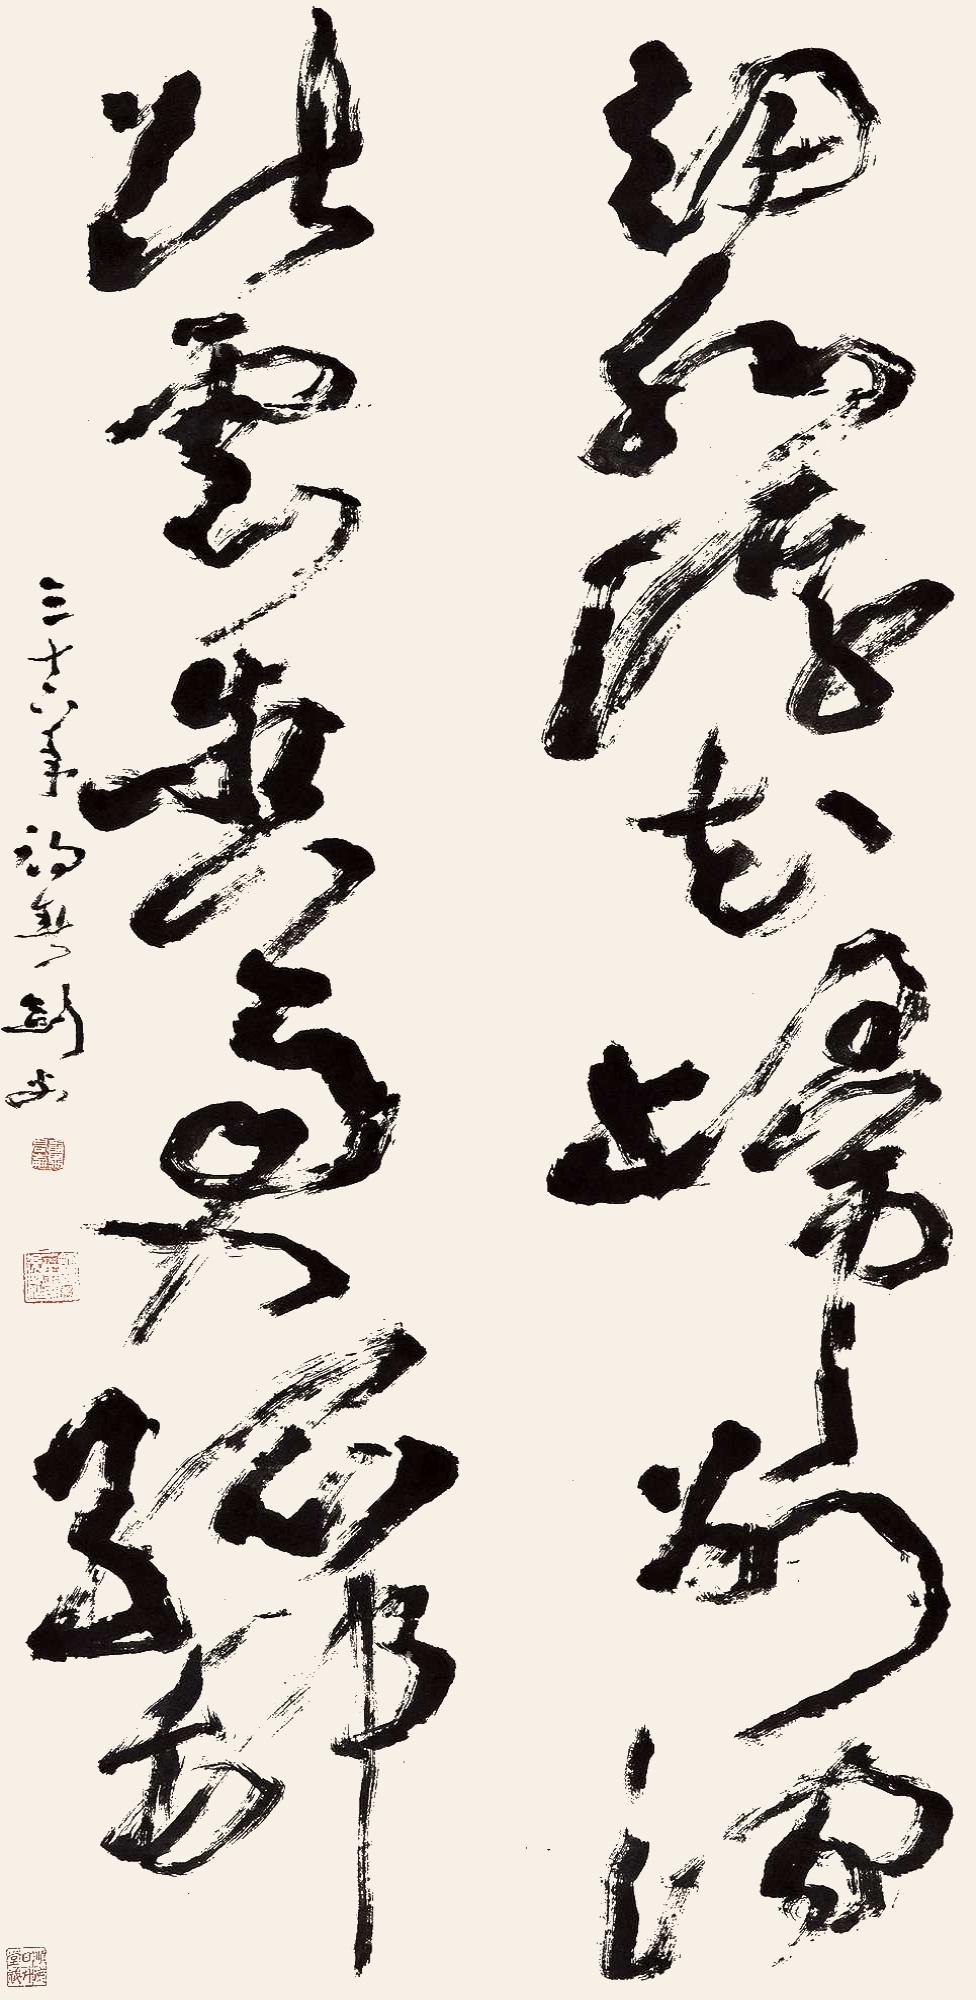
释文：细水浮花归别涧，断云含雨入孤村。三十六年初春。剑父。